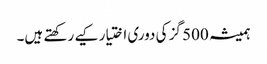
ہمیشہ 500 گز کی دوری اختیار کیے رکھتے ہیں۔